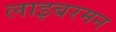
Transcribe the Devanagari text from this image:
लाइबरमन